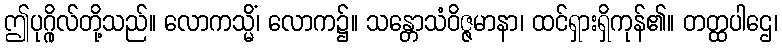
ဤပုဂ္ဂိုလ်တို့သည်။ လောကသ္မိံ၊ လောက၌။ သန္တောသံဝိဇ္ဇမာနာ၊ ထင်ရှားရှိကုန်၏။ တတ္ထပါဌေ၊